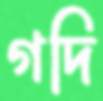
গদি